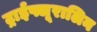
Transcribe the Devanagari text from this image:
ट्राईफ्लूरालिन